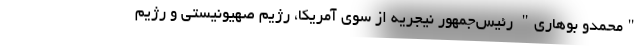
"محمدو بوهاری" رئیس‌جمهور نیجریه از سوی آمریکا، رژیم صهیونیستی و رژیم